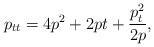
LaTeX: \begin{gather*}p_{tt} = 4p^2 +2pt + \frac{p^2_t}{2p},\end{gather*}